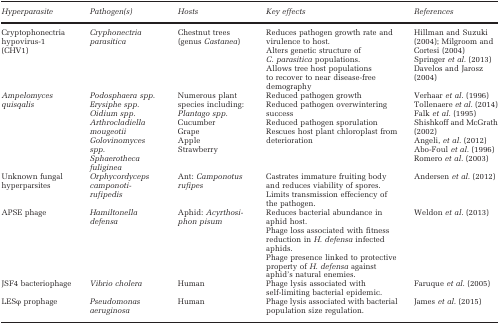
| Hyperparasite | Pathogen(s) | Hosts | Key effects | References |
 | --- | --- | --- | --- | --- |
 | Cryptophonectria hypovirus-1 (CHV1) | Cryphonectria parasitica | Chestnut trees (genus Castanea) | Reduces pathogen growth rate and virulence to host.Alters genetic structure of C. parasitica populations.Allows tree host populations to recover to near disease-free demography | Hillman and Suzuki (2004); Milgroom and Cortesi (2004)Springer et al. (2013)Davelos and Jarosz (2004) |
 | Ampelomyces quisqalis | Podosphaera spp.Erysiphe spp.Oidium spp.Arthrocladiella mougeotiiGolovinomyces spp.Sphaerotheca fuliginea | Numerous plant species including:Plantago spp.CucumberGrapeAppleStrawberry | Reduced pathogen growthReduced pathogen overwintering successReduced pathogen sporulationRescues host plant chloroplast from deterioration | Verhaar et al. (1996)Tollenaere et al. (2014)Falk et al. (1995)Shishkoff and McGrath (2002)Angeli, et al. (2012)Abo-Foul et al. (1996)Romero et al. (2003) |
 | Unknown fungal hyperparsites | Orphycordyceps camponoti-rufipedis | Ant: Camponotus rufipes | Castrates immature fruiting body and reduces viability of spores.Limits transmission effeciency of the pathogen. | Andersen et al. (2012) |
 | APSE phage | Hamiltonella defensa | Aphid: Acyrthosiphon pisum | Reduces bacterial abundance in aphid host. Phage loss associated with fitness reduction in H. defensa infected aphids.Phage presence linked to protective property of H. defensa against aphid's natural enemies. | Weldon et al. (2013) |
 | JSF4 bacteriophage | Vibrio cholera | Human | Phage lysis associated with self-limiting bacterial epidemic. | Faruque et al. (2005) |
 | LESφ prophage | Pseudomonas aeruginosa | Human | Phage lysis associated with bacterial population size regulation. | James et al. (2015) |